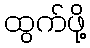
ထွက်ဖို့